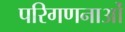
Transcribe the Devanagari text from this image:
परिगणनाओं